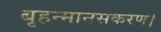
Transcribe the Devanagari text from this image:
बृहन्मानसकरण।